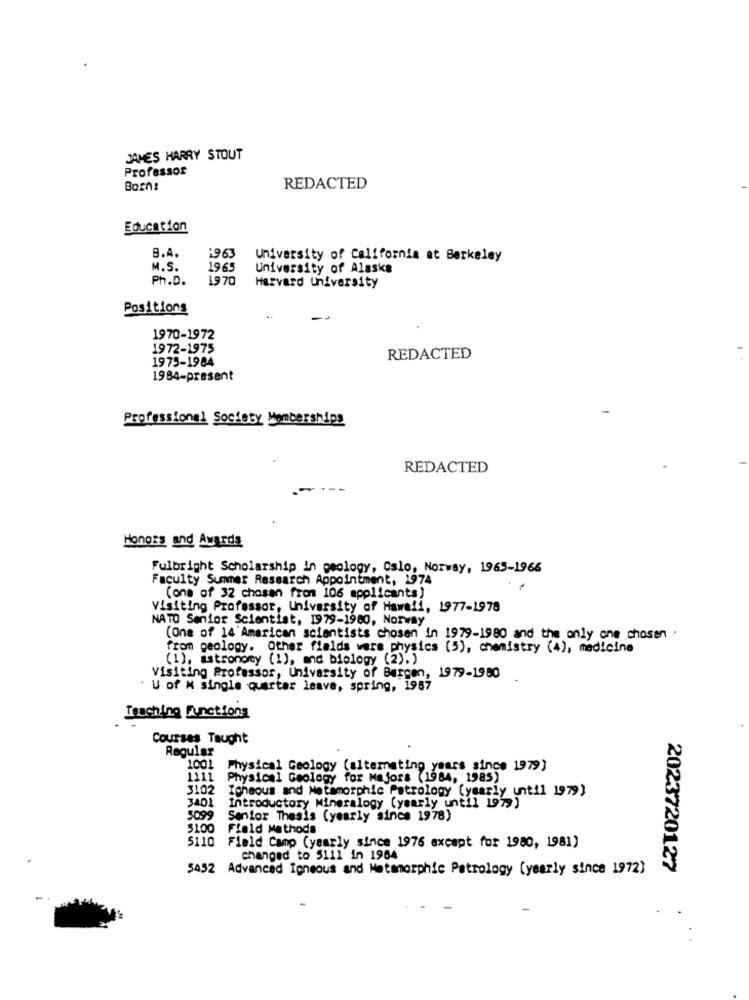
JAMES HARRY STOUT
Professor
REDACTED
Education
B.A.
1963
University of California at Berkeley
M.S.
1965
University of Alaska
Ph.D.
1970
Harvard University
Positions
1970-1972
1972-1975
1975-1984
REDACTED
1984-present
Professional Society Memberships
REDACTED
Honors and Awards
Fulbright Scholarship in geology, Oslo, Norway, 1965-1966
Faculty Summer Research Appointment, 1974
(one of 32 chosen from 106 applicants)
Visiting Professor, University of Hawaii, 1977-1978
NATO Senior Scientist, 1979-1980, Norway
(One of 14 American scientists chosen in 1979-1980 and the only one chosen .
from geology. Other fields were physics (5), chemistry (4), medicine
(1), astronomy (1), and biology (2).)
Visiting Professor, University of Bergen, 1979-1980
U of M single quarter leave, spring, 1987
Traching Functions
Courses Taught
Regular
1001
Physical Geology (alternating years since 1979)
1111 Physical Geology for Majors (1984, 1985)
3102 Icheous and Metamorphic Petrology (yearly untill 1979)
3401
Introductory Mineralogy (yearly untill 1979)
5099
Senior Thesis (yearly since 1978)
5100
Field Methods
Field Camp (yearly since 1976 except for 1980, 1981)
changed to 5111 in 1984
5452 Advanced Igneous and Metmorphic Petrology (yearly since 1972)
2023720127